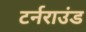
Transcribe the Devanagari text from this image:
टर्नराउंड